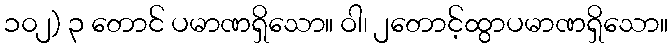
၁၀၂) ၃ တောင် ပမာဏရှိသော။ ဝါ၊ ၂တောင့်ထွာပမာဏရှိသော။